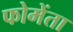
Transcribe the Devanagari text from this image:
फोमेंता